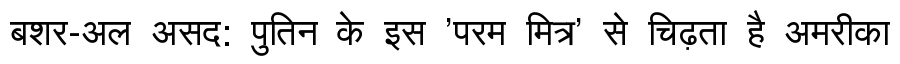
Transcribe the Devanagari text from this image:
बशर-अल असद: पुतिन के इस 'परम मित्र' से चिढ़ता है अमरीका